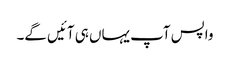
واپس آپ یہاں ہی آئیں گے۔